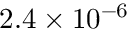
2 . 4 \times 1 0 ^ { - 6 }